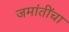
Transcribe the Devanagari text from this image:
जमांतींचा